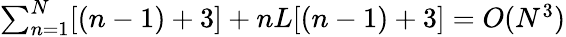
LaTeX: \begin{array}{r}{\sum_{n=1}^{N}[(n-1)+3]+nL[(n-1)+3]=O(N^{3})}\end{array}